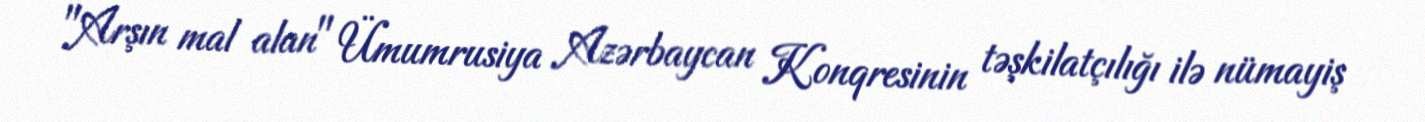
"Arşın mal alan" Ümumrusiya Azərbaycan Konqresinin təşkilatçılığı ilə nümayiş